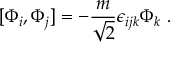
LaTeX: [ \Phi _ { i } , \Phi _ { j } ] = - \frac { m } { \sqrt 2 } \epsilon _ { i j k } \Phi _ { k } \ .